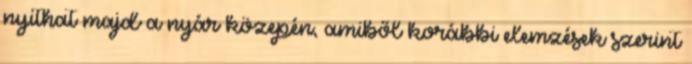
nyithat majd a nyár közepén, amiből korábbi elemzések szerint